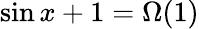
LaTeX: \sin x+1=\Omega(1)